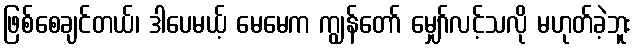
ဖြစ်စေချင်တယ်၊ ဒါပေမယ့် မေမေက ကျွန်တော် မျှော်လင့်သလို မဟုတ်ခဲ့ဘူး